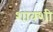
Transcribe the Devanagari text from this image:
शाक्शी